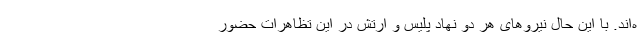
ه‌اند. با این حال نیروهای هر دو نهاد پلیس و ارتش در این تظاهرات حضور